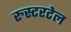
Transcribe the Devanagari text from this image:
रुस्टरटेल